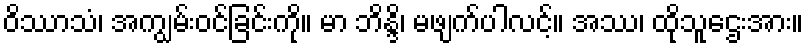
ဝိဿာသံ၊ အကျွမ်းဝင်ခြင်းကို။ မာ ဘိန္ဒိ၊ မဖျက်ပါလင့်။ အဿ၊ ထိုသူဌေးအား။